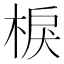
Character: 棙